65_HS1-834228961_62-HQ-83894_Serial_130
Agency: FBI
Page 23
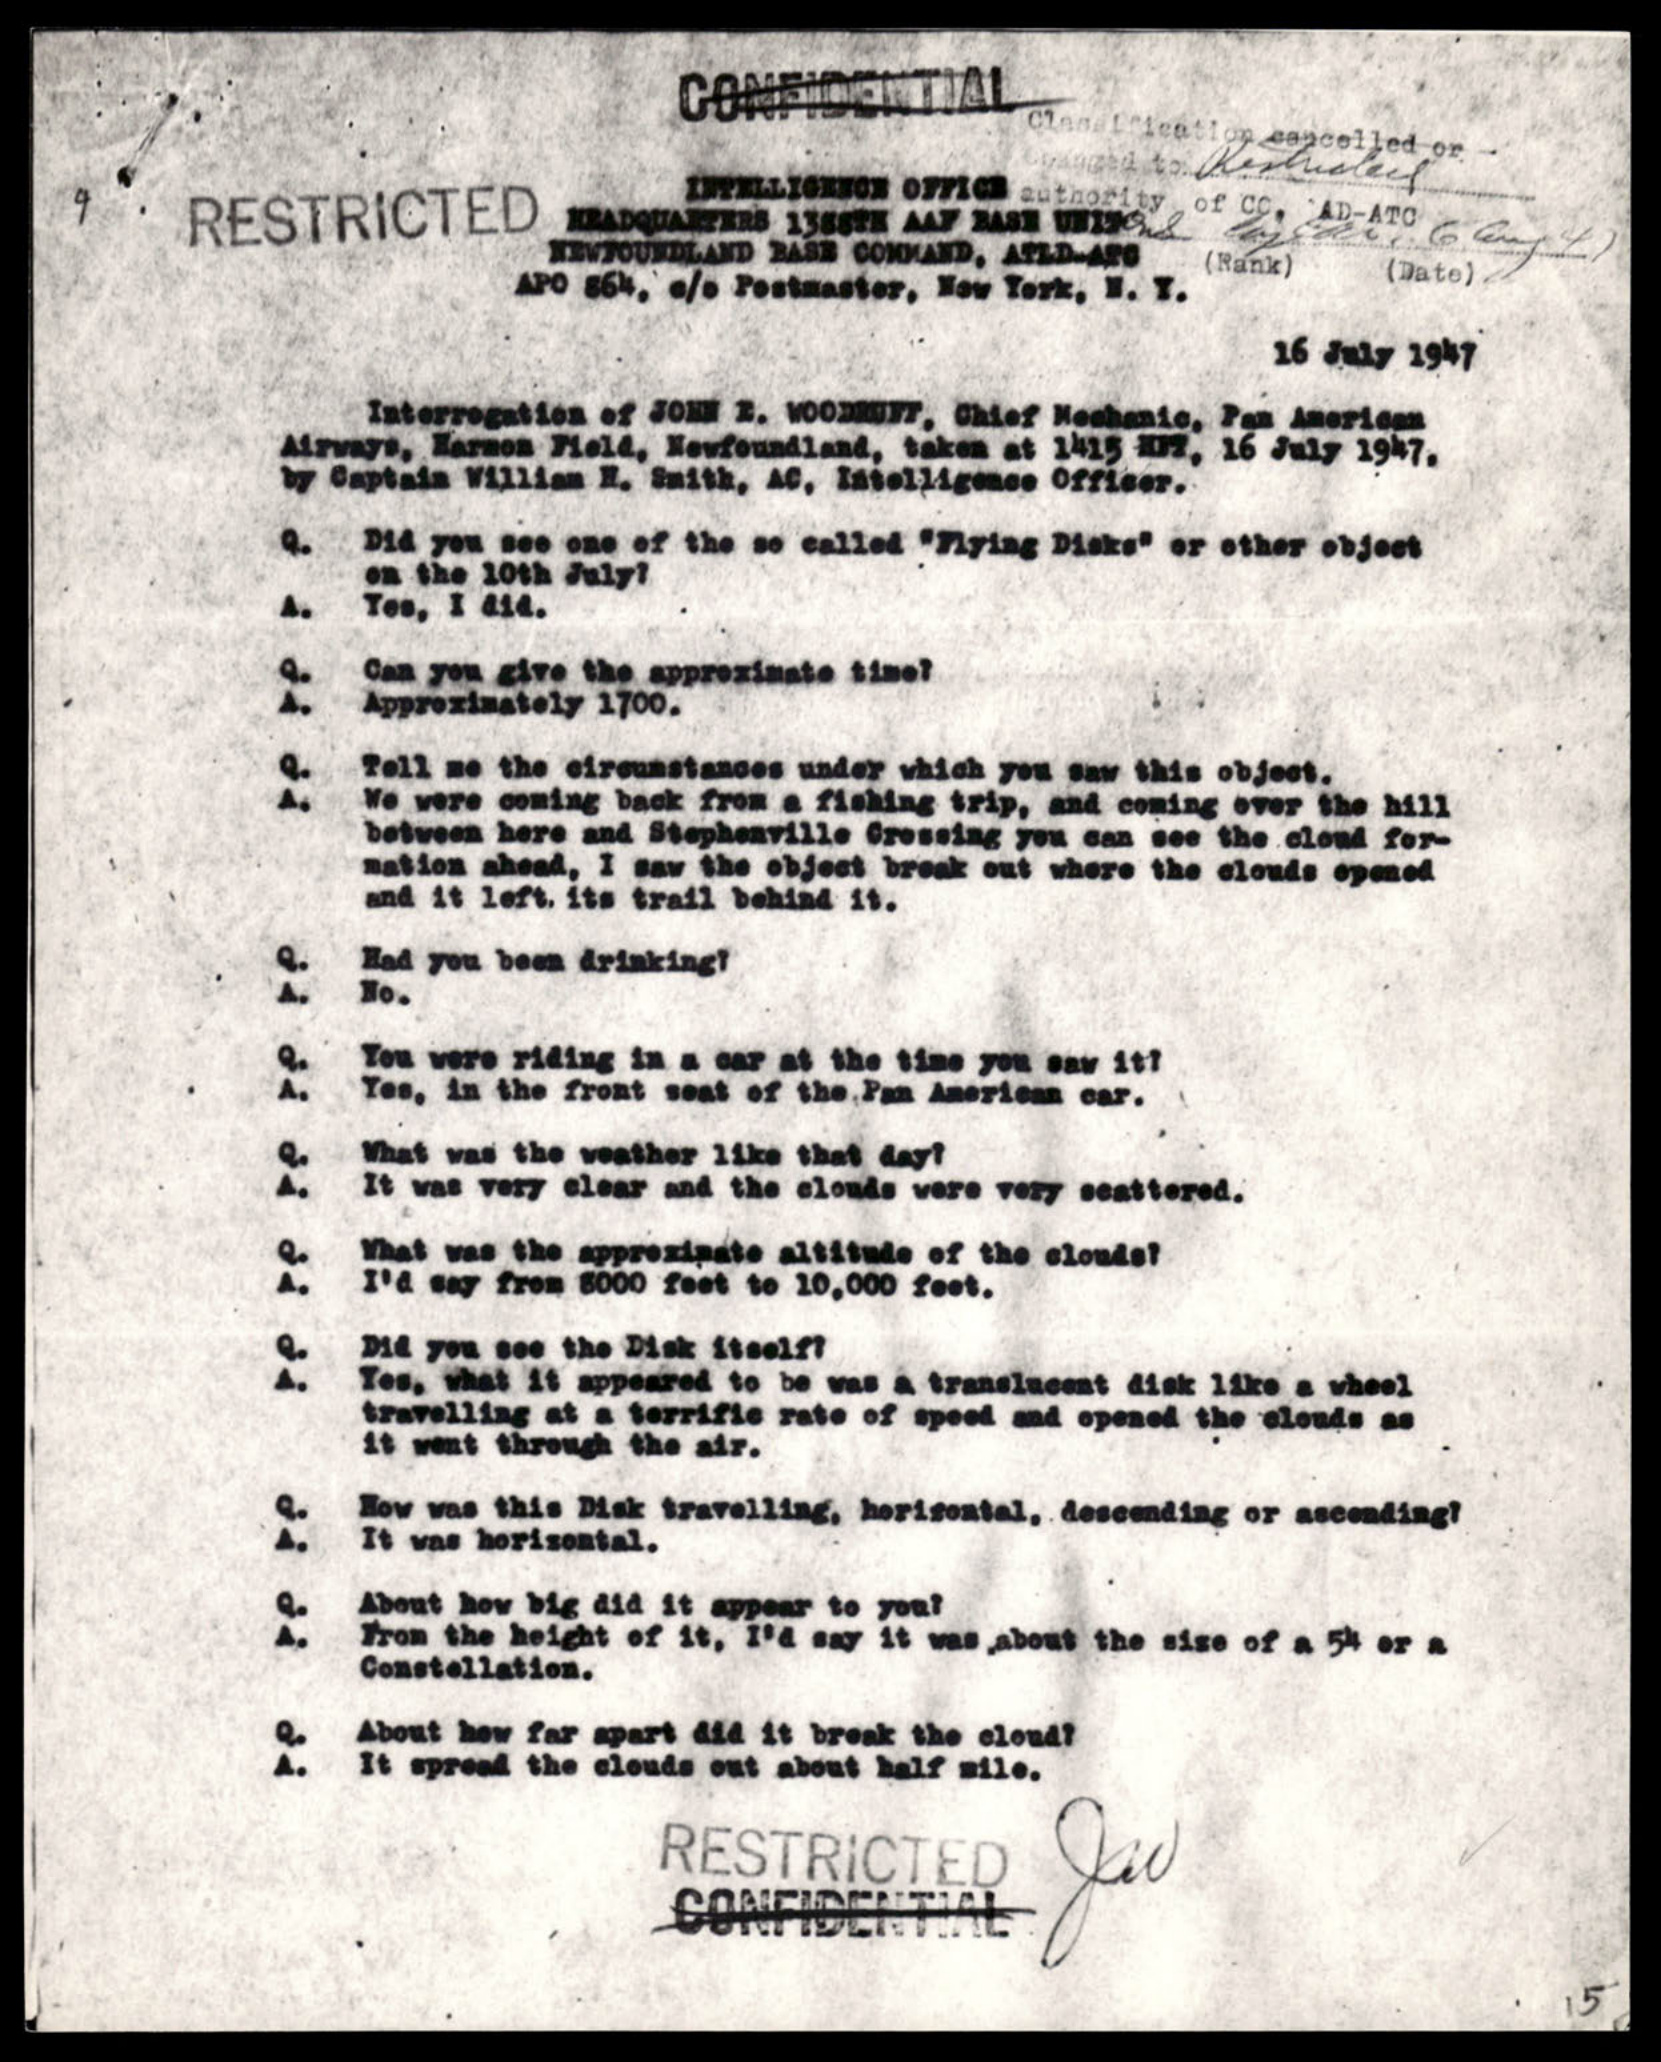